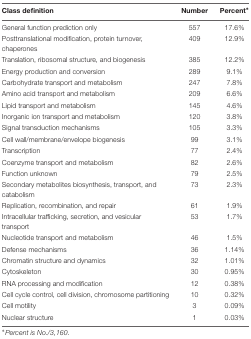
| Class definition | Number | Percent∗ |
 | --- | --- | --- |
 | General function prediction only | 557 | 17.6% |
 | Posttranslational modification, protein turnover, chaperones | 409 | 12.9% |
 | Translation, ribosomal structure, and biogenesis | 385 | 12.2% |
 | Energy production and conversion | 289 | 9.1% |
 | Carbohydrate transport and metabolism | 247 | 7.8% |
 | Amino acid transport and metabolism | 209 | 6.6% |
 | Lipid transport and metabolism | 145 | 4.6% |
 | Inorganic ion transport and metabolism | 120 | 3.8% |
 | Signal transduction mechanisms | 105 | 3.3% |
 | Cell wall/membrane/envelope biogenesis | 99 | 3.1% |
 | Transcription | 77 | 2.4% |
 | Coenzyme transport and metabolism | 82 | 2.6% |
 | Function unknown | 79 | 2.5% |
 | Secondary metabolites biosynthesis, transport, and catabolism | 73 | 2.3% |
 | Replication, recombination, and repair | 61 | 1.9% |
 | Intracellular trafficking, secretion, and vesicular transport | 53 | 1.7% |
 | Nucleotide transport and metabolism | 46 | 1.5% |
 | Defense mechanisms | 36 | 1.14% |
 | Chromatin structure and dynamics | 32 | 1.01% |
 | Cytoskeleton | 30 | 0.95% |
 | RNA processing and modification | 12 | 0.38% |
 | Cell cycle control, cell division, chromosome partitioning | 10 | 0.32% |
 | Cell motility | 3 | 0.09% |
 | Nuclear structure | 1 | 0.03% |